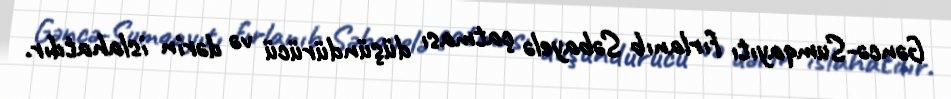
Gəncə-Sumqayıtı fırlanıb Səbayelə çatması düşündürücü və dərin islahatdır.